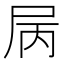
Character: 𡱆